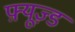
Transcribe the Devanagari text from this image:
फ़्यूज़्ड